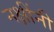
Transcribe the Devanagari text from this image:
नक्षींनी